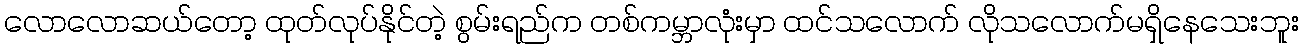
လောလောဆယ်တော့ ထုတ်လုပ်နိုင်တဲ့ စွမ်းရည်က တစ်ကမ္ဘာလုံးမှာ ထင်သလောက် လိုသလောက်မရှိနေသေးဘူး